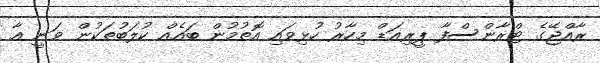
ރާއްޖޭގެ ޓްރާންސްފާ ޕީރިއަޑް މިހާރު ހުޅިވައި އޮތުމުން ބައެއް ކުލަބުތަކުން ވަނީ އާ